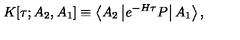
K [ \tau ; A _ { 2 } , A _ { 1 } ] \equiv \left< A _ { 2 } \left| e ^ { - H \tau } P \right| A _ { 1 } \right> ,